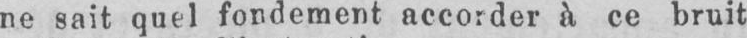
ne sait quel fondement accorder à ce bruit